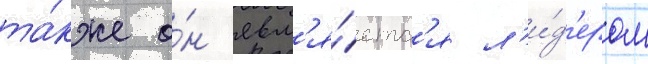
та́кже о́н явл'я́етс'я л'и́д'ером